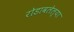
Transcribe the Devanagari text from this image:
रोडावलेल्या